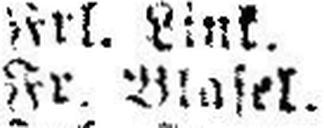
Fr. Blasel.